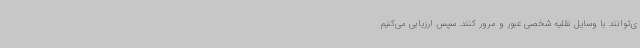
ی‌توانند با وسایل نقلیه شخصی عبور و مرور کنند. سپس ارزیابی می‌کنیم